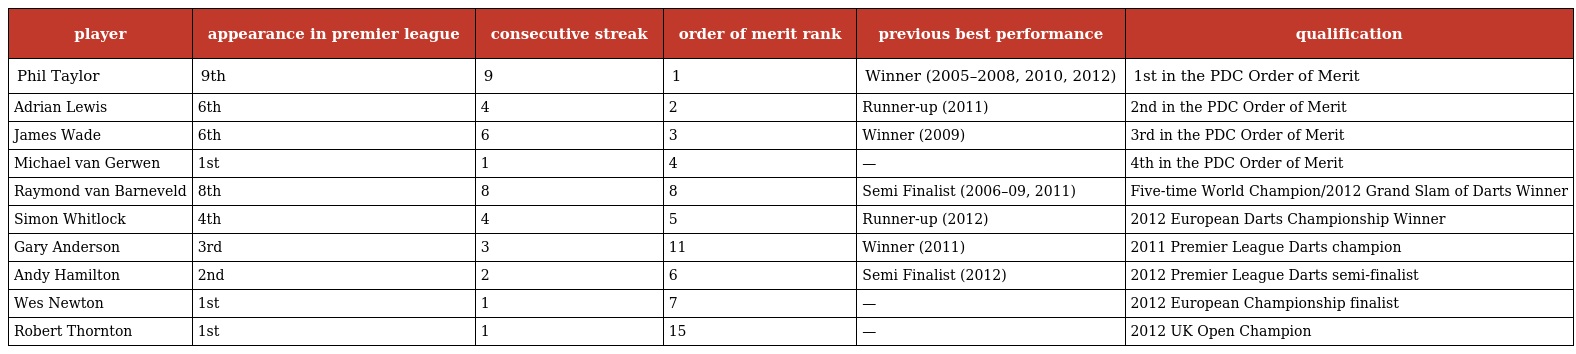
| player | appearance in premier league | consecutive streak | order of merit rank | previous best performance | qualification |
 | --- | --- | --- | --- | --- | --- |
 | Phil Taylor | 9th | 9 | 1 | Winner (2005–2008, 2010, 2012) | 1st in the PDC Order of Merit |
 | Adrian Lewis | 6th | 4 | 2 | Runner-up (2011) | 2nd in the PDC Order of Merit |
 | James Wade | 6th | 6 | 3 | Winner (2009) | 3rd in the PDC Order of Merit |
 | Michael van Gerwen | 1st | 1 | 4 | — | 4th in the PDC Order of Merit |
 | Raymond van Barneveld | 8th | 8 | 8 | Semi Finalist (2006–09, 2011) | Five-time World Champion/2012 Grand Slam of Darts Winner |
 | Simon Whitlock | 4th | 4 | 5 | Runner-up (2012) | 2012 European Darts Championship Winner |
 | Gary Anderson | 3rd | 3 | 11 | Winner (2011) | 2011 Premier League Darts champion |
 | Andy Hamilton | 2nd | 2 | 6 | Semi Finalist (2012) | 2012 Premier League Darts semi-finalist |
 | Wes Newton | 1st | 1 | 7 | — | 2012 European Championship finalist |
 | Robert Thornton | 1st | 1 | 15 | — | 2012 UK Open Champion |